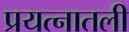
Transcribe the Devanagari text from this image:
प्रयत्नातली